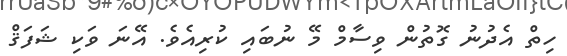
ހިތް އެދުނު ގޮތުން ވިސާމް މޭ ނުބައި ކުރިއެވެ. އޭނަ ވަކި ޝަފަޤް